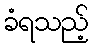
ခံရသည့်